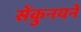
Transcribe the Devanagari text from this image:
सेंकुनयने